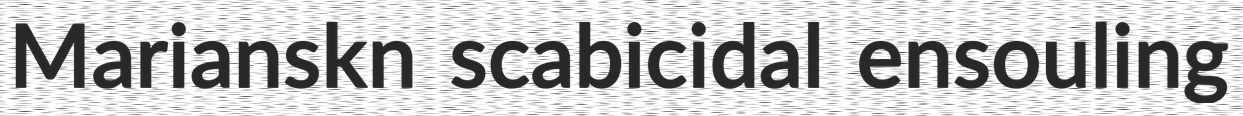
Marianskn scabicidal ensouling